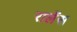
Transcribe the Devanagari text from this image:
रालेंस